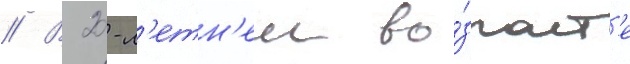
// В 20-л'етн'ем во́зраст'е